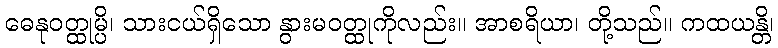
ဓေနုဝတ္ထုမ္ပိ၊ သားငယ်ရှိသော နွားမဝတ္ထုကိုလည်း။ အာစရိယာ၊ တို့သည်။ ကထယန္တိ၊